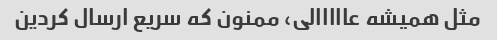
مثل همیشه عااااالی، ممنون که سریع ارسال کردین